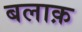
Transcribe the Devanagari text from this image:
बलाक़